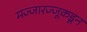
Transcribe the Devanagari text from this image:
मज्जारज्जूकडून